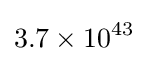
3.7\times 10^{43}